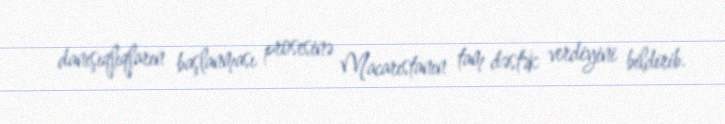
danışıqlıqların başlanması prosesinə Macarıstanın tam dəstək verdiyini bildirib.